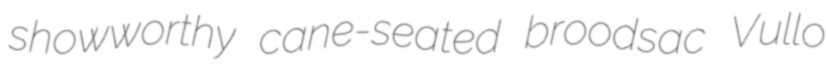
showworthy cane-seated broodsac Vullo